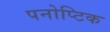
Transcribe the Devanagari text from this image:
पनोप्टिक